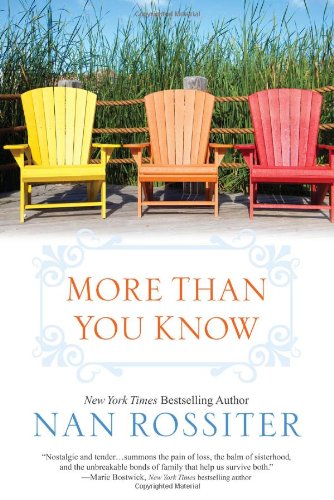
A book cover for More Than You Know; Nan Rossiter; Literature & Fiction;